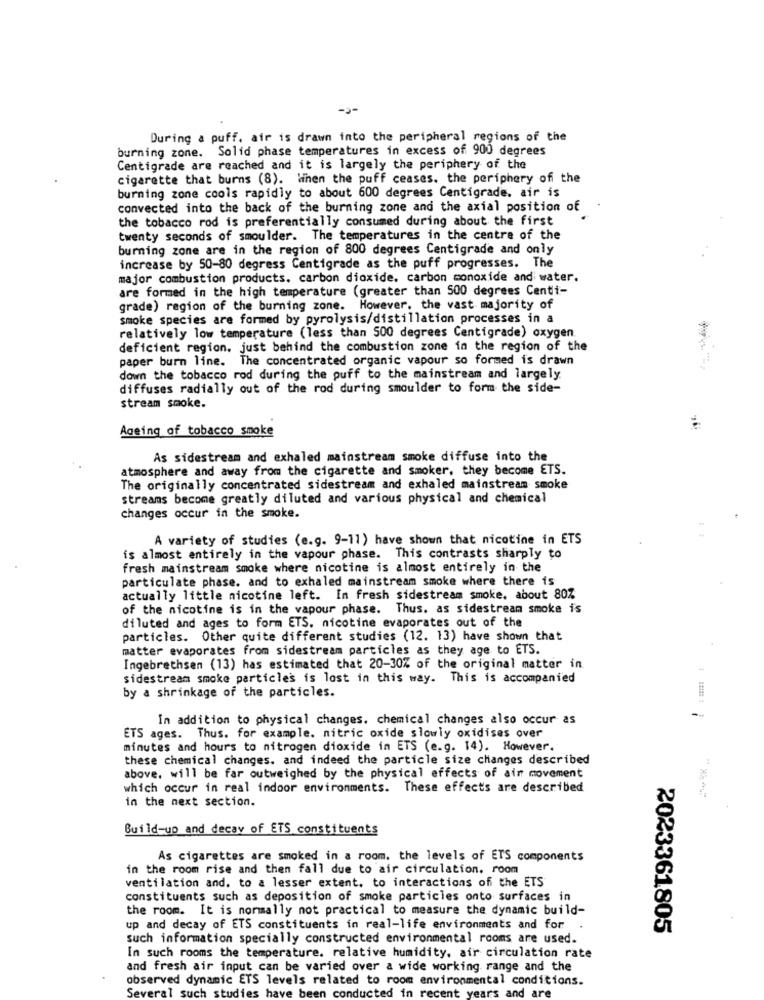
--
During a puff. air is drawn into the peripheral regions of the
burning zone. Solid phase temperatures in excess of 900 degrees
Centigrade are reached and it is largely the periphery of the
cigarette that burns (8). When the puff ceases. the periphery off the
burning zone cools rapidly to about 600 degrees Centigrade. air is
convected into the back of the burning zone and the axial position of
the tobacco rod is preferentially consumed during about the first
twenty seconds of smoulder. The temperatures in the centre of the
burning zone are in the region of 800 degrees Centigrade and only
increase by 50-80 degress Centigrade as the puff progresses. The
major combustion products. carbon dioxide. carbon monoxide and water.
are formed in the high temperature (greater than 500 degrees Centi-
grade) region of the burning zone. However, the vast majority of
smoke species are formed by pyrolysis/distillation processes in a
relatively low temperature (less than 500 degrees Centigrade) oxygen
deficient region. just behind the combustion zone in the region of the
paper burn line. The concentrated organic vapour so formed is drawn
down the tobacco rod during the puff to the mainstream and largely
diffuses radially out of the rod during smoulder to form the side-
stream smoke.
Ageing of tobacco smoke
As sidestream and exhaled mainstream smoke diffuse into the
atmosphere and away from the cigarette and smoker, they become ETS.
The originally concentrated sidestream and exhaled mainstream smoke
streams become greatly diluted and various physical and chemical
changes occur in the smoke.
A variety of studies (e.g. 9-11) have shown that nicotine in ETS
is almost entirely in the vapour phase. This contrasts sharply to
fresh mainstream smoke where nicotine is almost entirely in the
particulate phase, and to exhaled mainstream smoke where there is
actually little nicotine left. In fresh sidestream smoke. about 80%
of the nicotine is in the vapour phase. Thus. as sidestream smoke is
diluted and ages to form ETS. nicotine evaporates out of the
particles. Other quite different studies (12. 13) have shown that
matter evaporates from sidestream particles as they age to ETS.
Ingebrethsen (13) has estimated that 20-30% of the original matter in
sidestream smoke particles is lost in this way. This is accompanied
by a shrinkage of the particles.
In addition to physical changes. chemical changes also occur as
ETS ages. Thus. for example. nitric oxide slowly oxidises over
minutes and hours to nitrogen dioxide in ETS (e.g. 14). However.
these chemical changes. and indeed the particle size changes described
above, will be far outweighed by the physical effects of air movement
which occur in real indoor environments. These effects are described
in the next section.
Build-up and decav of ETS constituents
As cigarettes are smoked in a room. the levels of ETS components
in the room rise and then fall due to air circulation. room
ventilation and. to a lesser extent. to interactions of the ETS
constituents such as deposition of smoke particles onto surfaces in
the room. It is normally not practical to measure the dynamic build-
up and decay of ETS constituents in real-life environments and for
2023361805
such information specially constructed environmental rooms are used.
In such rooms the temperature. relative humidity, air circulation rate
and fresh air input can be varied over a wide working range and the
observed dynamic ETS levels related to room environmental conditions.
Several such studies have been conducted in recent years and ar